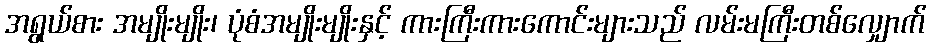
အရွယ်စား အမျိုးမျိုး၊ ပုံစံအမျိုးမျိုးနှင့် ကားကြီးကားကောင်းများသည် လမ်းမကြီးတစ်လျှောက်